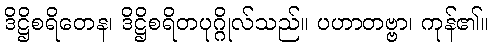
ဒိဋ္ဌိစရိတေန၊ ဒိဋ္ဌိစရိတပုဂ္ဂိုလ်သည်။ ပဟာတဗ္ဗာ၊ ကုန်၏။